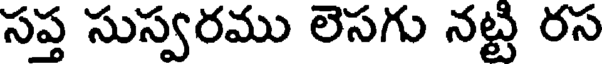
సప్త సుస్వరము లెసగు నట్టి రస